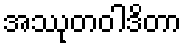
အဿုတဝါဒိတာ